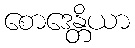
စောဒေန္တိယာ